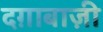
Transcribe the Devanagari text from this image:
दग़ाबाज़ी